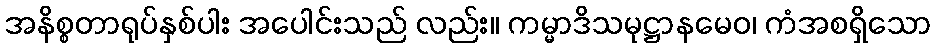
အနိစ္စတာရုပ်နှစ်ပါး အပေါင်းသည် လည်း။ ကမ္မာဒိသမုဋ္ဌာနမေဝ၊ ကံအစရှိသော